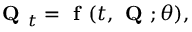
\textbf { Q } _ { t } = { \textbf { f } } ( t , \textbf { Q } ; \theta ) ,